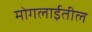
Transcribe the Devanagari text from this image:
मोगलाईतील